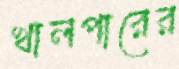
খালপারের